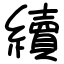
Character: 續